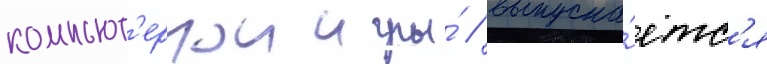
компьют'ернои игры́ / выпуска́етс'я